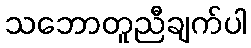
သဘောတူညီချက်ပါ